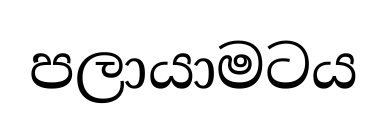
පලායාමටය